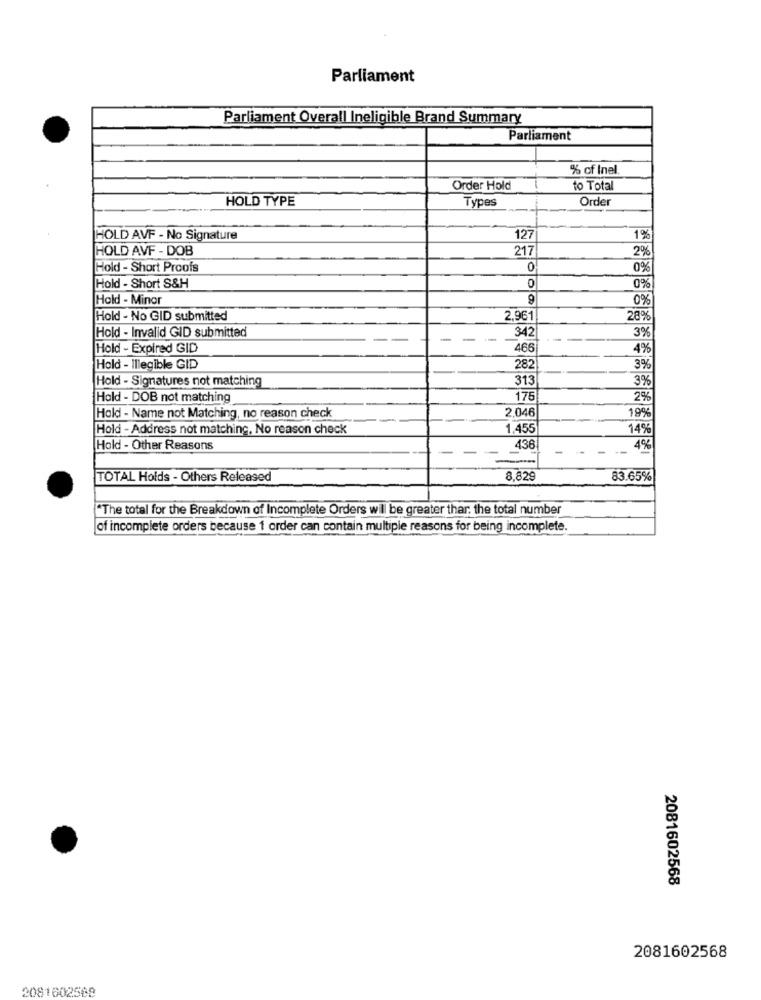
Parliament
Parliament Overall Ineligible Brand Summary
Parliament
% of Inel
Order Hold
to Total
HOLD TYPE
Types
Order
-+
HOLD AVF - No Signature
127
1%
HOLD AVF - DOB
217
2%
Hold - Short Proofs
0
0%
0
Hold - Short S&H
0%
Hold - Minor
0%
Hold - No GID submitted
2,961
28%
342
3%
Hold - Invalid GID submitted
-
Hold - Expired GID
466
4%
Hold - Illegible GID
282
3%
Hold - Signatures not matching
313
3%
Hold - DOB not matching
175
2%
2.046
19%
Hold - Name not Matching, no reason check
Hold - Address not matching, No reason check
1,455
14%
Hold - Other Reasons
436
4%
TOTAL Holds - Others Released
8,829
83.65%
"The total for the Breakdown of Incomplete Orders will be greater thar, the total number
of incomplete orders because 1 order can contain multiple reasons for being incomplete.
2081602568
2081602568
2081602568